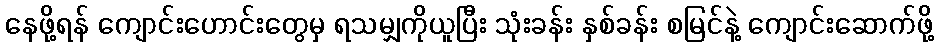
နေဖို့ရန် ကျောင်းဟောင်းတွေမှ ရသမျှကိုယူပြီး သုံးခန်း နှစ်ခန်း စမြင်နဲ့ ကျောင်းဆောက်ဖို့